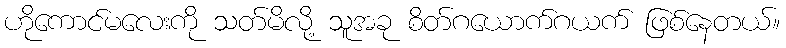
ဟိုကောင်မလေးကို သတ်မိလို့ သူအခု စိတ်ဂယောက်ဂယက် ဖြစ်နေတယ်။